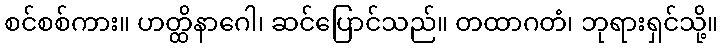
စင်စစ်ကား။ ဟတ္ထိနာဂေါ၊ ဆင်ပြောင်သည်။ တထာဂတံ၊ ဘုရားရှင်သို့။